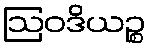
ဩဝဒိယဉ္စ